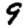
Digit: 9